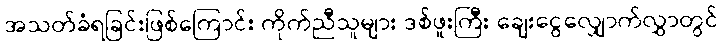
အသတ်ခံရခြင်းဖြစ်ကြောင်း ကိုက်ညီသူများ ဒစ်ဖူးကြီး ချေးငွေလျှောက်လွှာတွင်